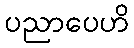
ပညာပေဟိ